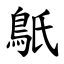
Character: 䲬